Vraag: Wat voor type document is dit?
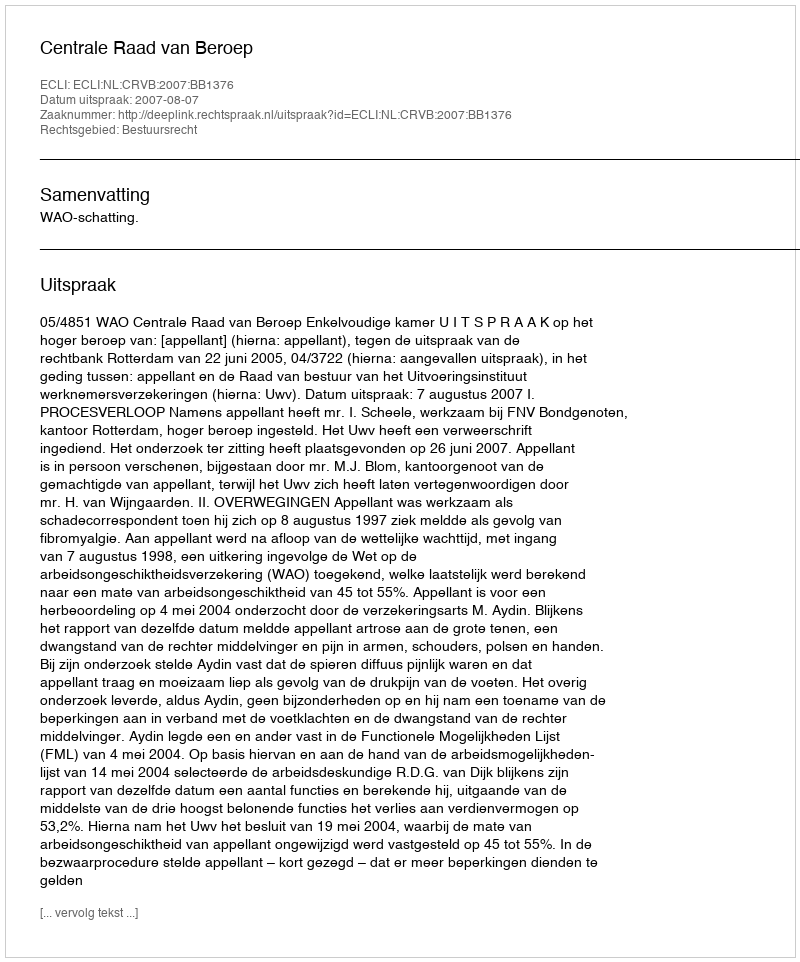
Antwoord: Uitspraak